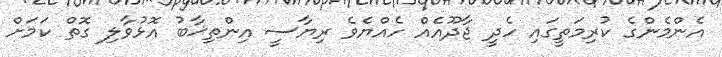
އެންމެންގެ ކުރިމަތީގައި ހެދީ ޖާދޫއެއް ހެއްޔެވެ ރިޔާސީ އިންތިޚާބު އޮޅުވާލި ގޮތް ކަމަށް